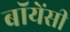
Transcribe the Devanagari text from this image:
बॉयेंसी